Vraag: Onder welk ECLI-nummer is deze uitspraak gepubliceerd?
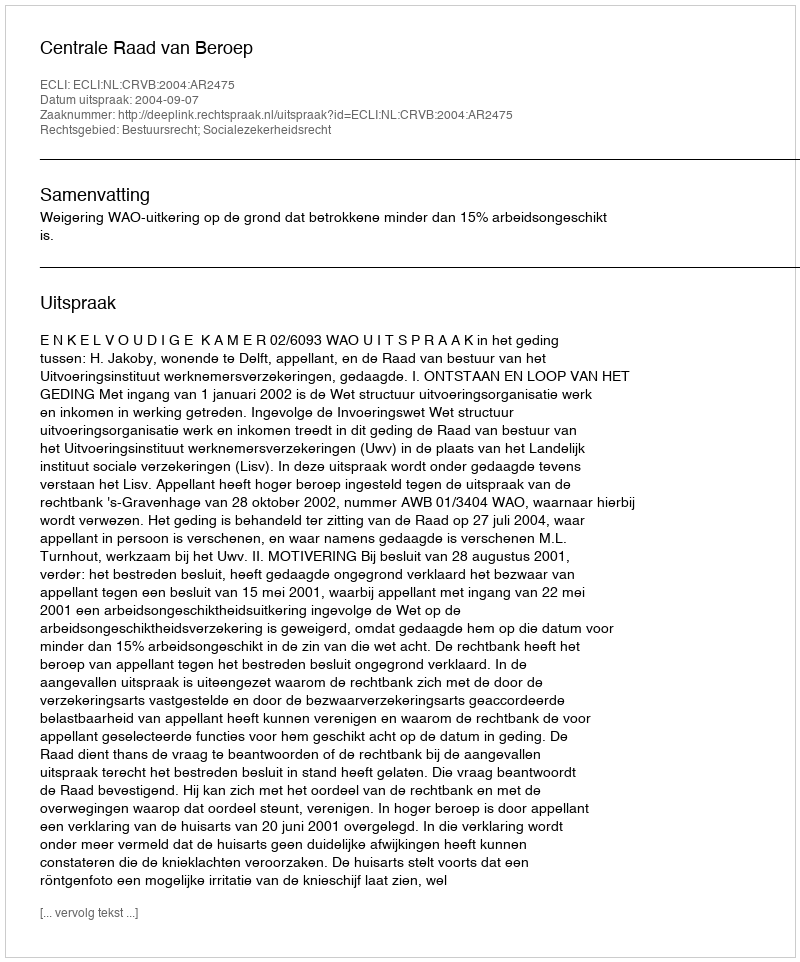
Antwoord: ECLI:NL:CRVB:2004:AR2475